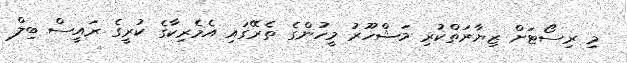
މި ރިސޯޓަށް ޒިޔާރަތްކުރި މަޝްހޫރު މީހުންގެ ތެރޭގައި އެމެރިކާގެ ކުރީގެ ރައީސް ބިލް